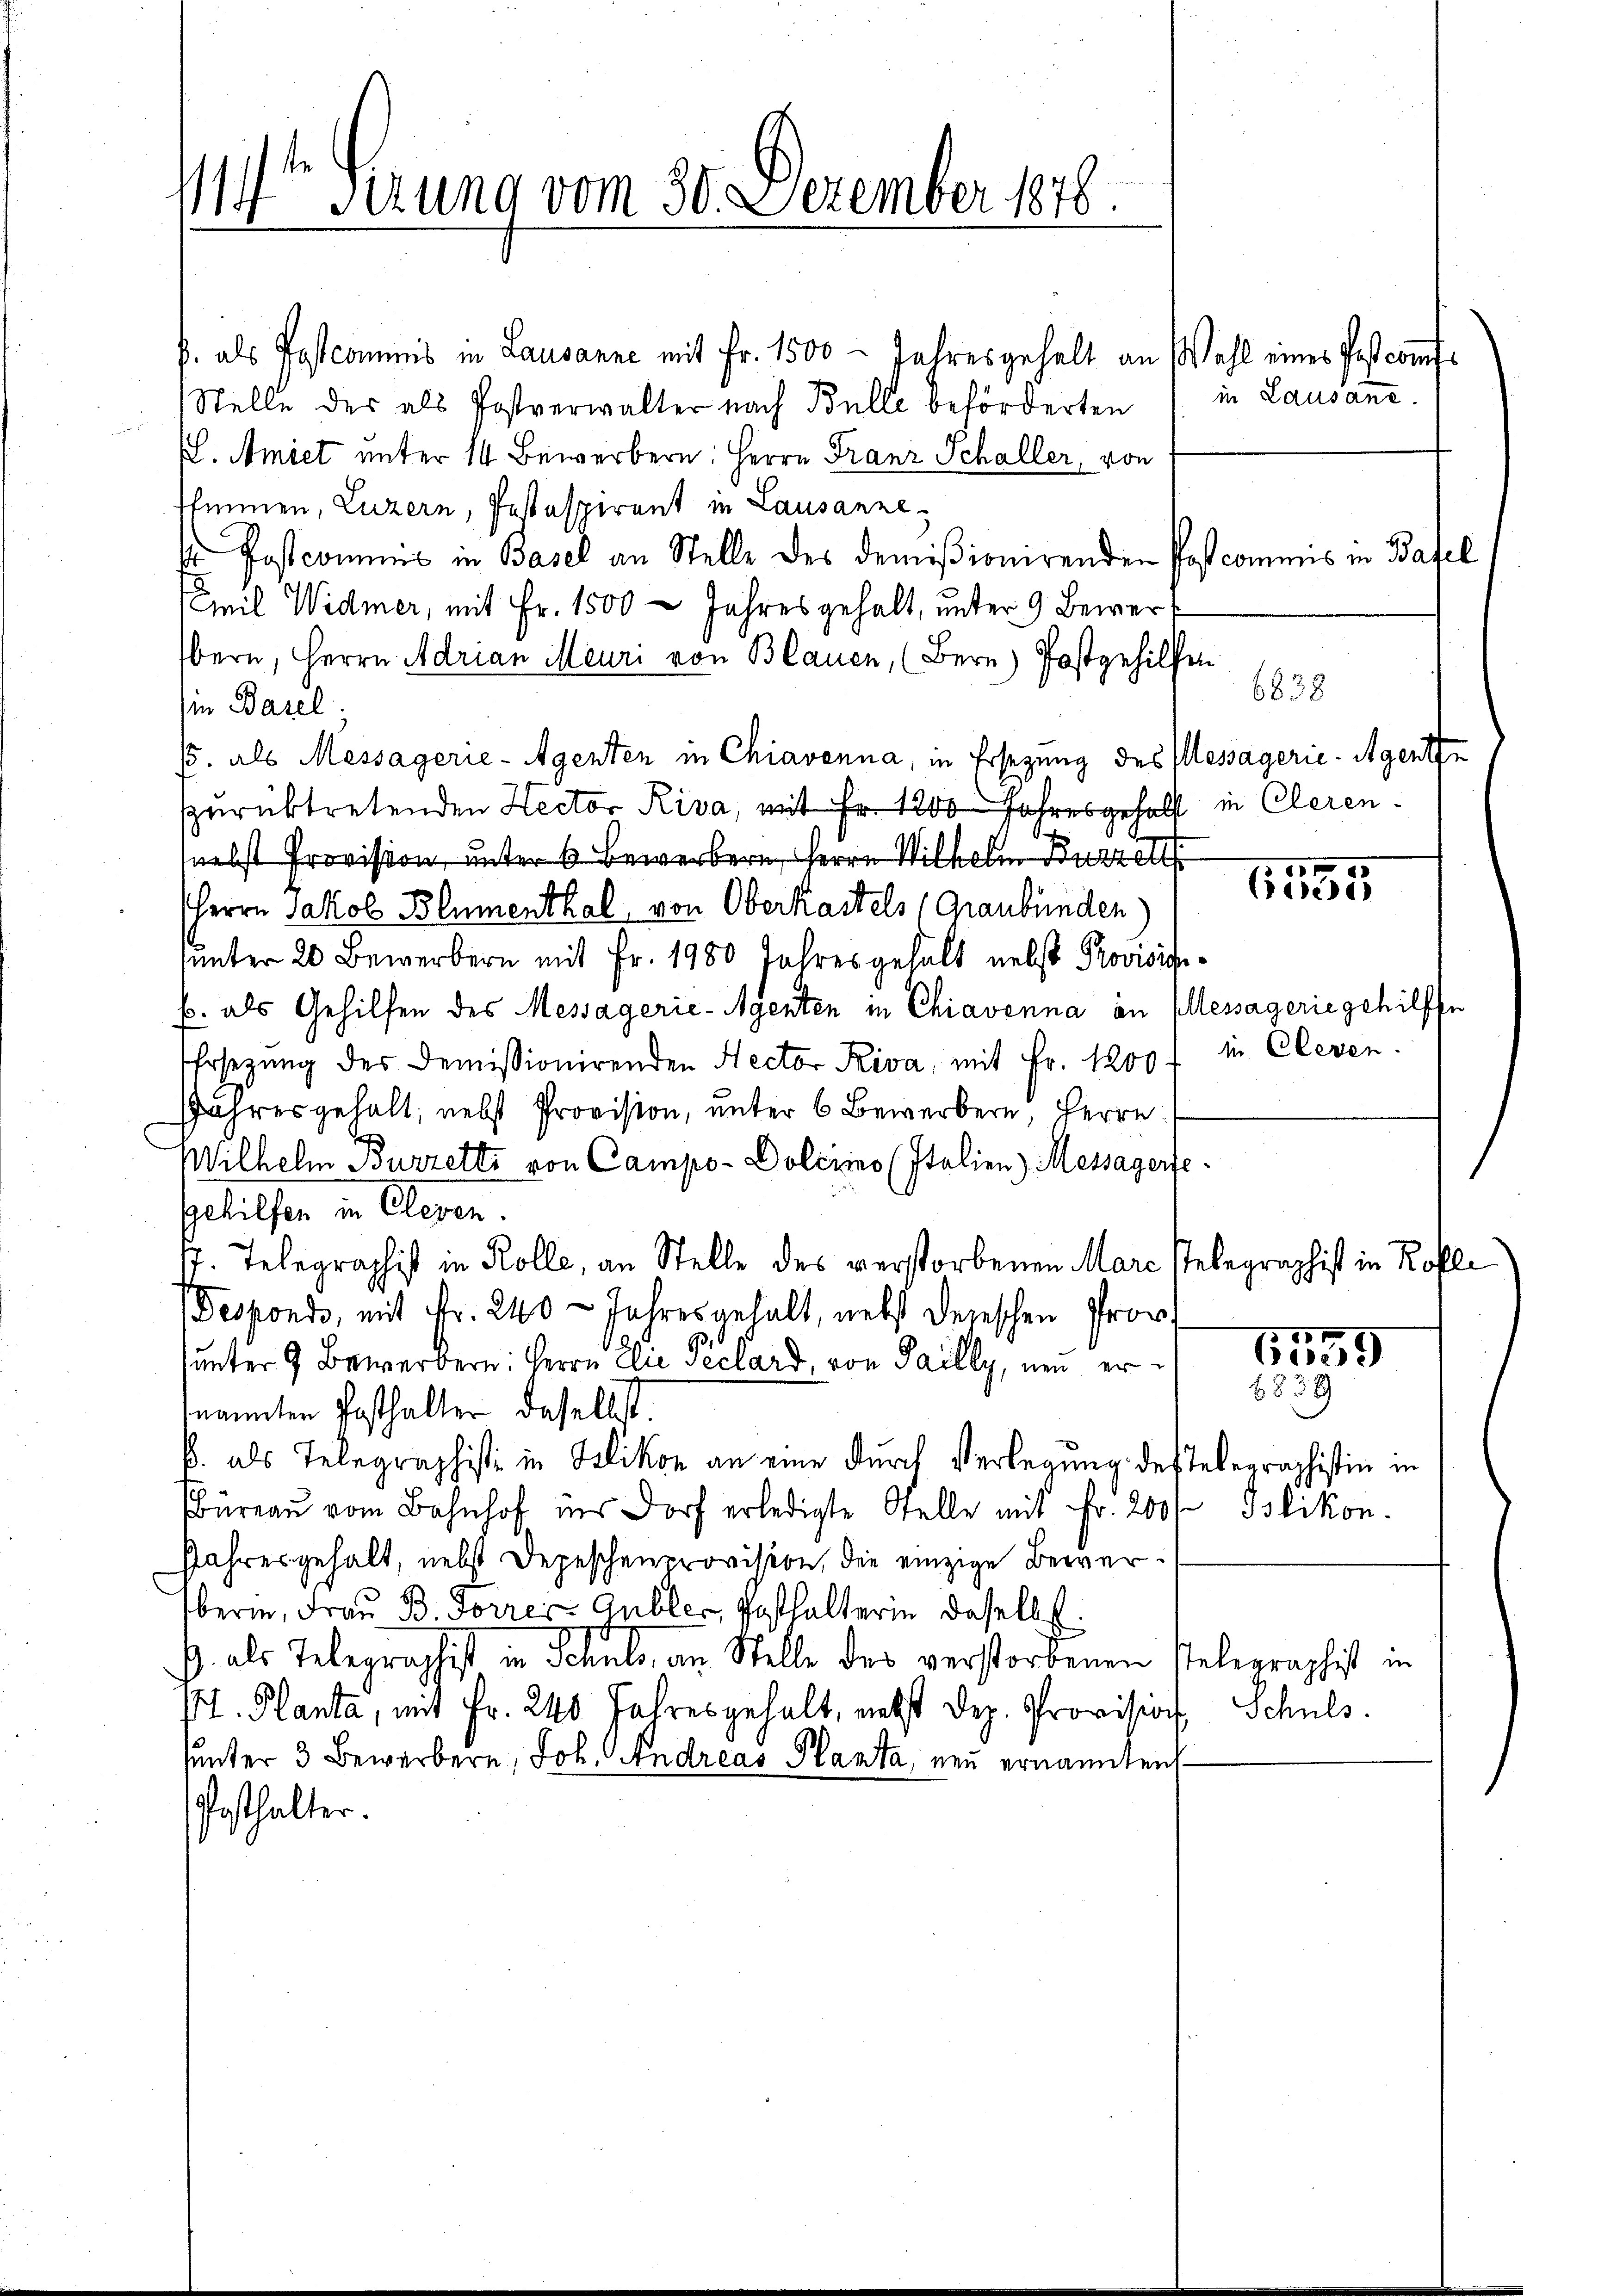
114ten Sirung vom 30. Dezember 1878.
e

p. als Postcommis in Lausanne mit Fr. 1500 - Jahresgehalt an Wahl eines Postcomf¬
Stelle des als Postverwalter nach Bulle beförderten in Lausanc
. Amiet unter 14 Bewerbern: Herrn Franz Schaller, von
Ihimmen, Luzern, Pestaspirant in Lausanne
 Postcommis in Basel an Stelle des domißionirenden Poscommis in Basel
Emil Widmer, mit Fr. 1500 - Jahres gehalt, unter 9 Bewerf
bern, Herrn Adrian Meuri von Blauen, (Bern) Postgehilfen
in Basel.
5. als Messagerie-Agenten in Chiavenna, in Ersezung des Messägerie-Agenth
zurücktretenden Rector Riva, mit Fr. 1200 Jahresgeholf in Cleren.
nebst Provision unter 6 Bewerbern Herrn Wilhelm Buzzet
Herrn Jakob Blumenthal, von Oberkastels (Graubünden)
ŭnter 20 Bewerbern mit Fr. 1980 Jahresgehalt nebst Provisigib. als Gehilfen des Messagerie-Agenten in Chiavenna an Plessagerie gehilff
EErsezung der Demissionirenden Rector Riva, mit Fr. 1200 f in Cleven.
Jahres gehalt, nebst Provision, unter 6 Bewerbern Herrn
Wilhelm Burzetti von Campo-Dolcimo (Italien) Messagerfe.
Geliefen in Alesen.
7. Telegraphist in Kolle, an Stelle des verstorbenen Marc stelegraphist in Kofle
Despondo, mit Fr. 240 - Jahres gehalt, nebst derschen Prov
unter 9 Bewerbern: Herrn Elie Peclard, von Failly, neu ernannten Posthalter daselbst.
B. als Telegraphisti in Delikon an eine durch Verlegung des Telegraphistin in
Büreau vom Bahnhof ins Dorf erledigte Stelle mit Fr. 200f
Jahresgehalt, nebst Depeschenprovision, die einzige Bewerberin, Frau B. Forres Gubler, Posthalterin daselbst.
J. als Telegraphist in Schuls, an Stelle des verstorbenen stelegraphist in
P. Planta, mit Fr. 240 Jahresgehalt, nebst Dez. Provision, Schuls.
sunter 3 Bewerbern, Joh. Andreas Planta, neu ernannten
Posthalter.

6838

1
65

6559
6839

Islikon.